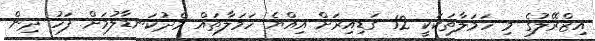
އިޒްރޭލުގެ މި ހަމަލާތަކަކީ 12 ގަޑިއިރަށް އިއްޔެ ހަމަލާތައް މެދުކަނޑާލުމަށް ފަހު ދިން